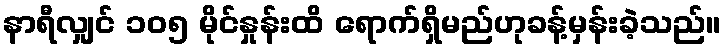
နာရီလျှင် ၁၀၅ မိုင်နှုန်းထိ ရောက်ရှိမည်ဟုခန့်မှန်းခဲ့သည်။